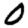
Digit: 0